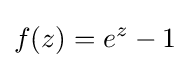
f(z)=e^{z}-1